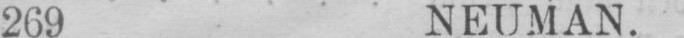
269 NEUMAN.